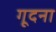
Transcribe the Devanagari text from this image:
गूदना